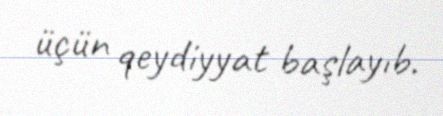
üçün qeydiyyat başlayıb.